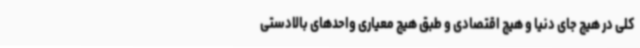
کلی در هیچ جای دنیا و هیچ اقتصادی و طبق هیچ معیاری واحدهای بالادستی